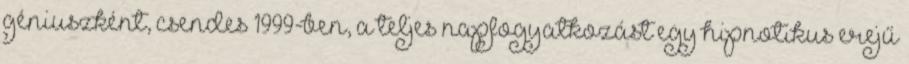
géniuszként, csendes 1999-ben, a teljes napfogyatkozást egy hipnotikus erejű